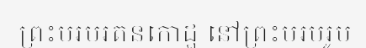
ព្រះបរមរតនកោដ្ឋ នៅព្រះបរមរូប